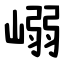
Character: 嵶